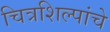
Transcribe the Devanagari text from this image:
चित्रशिल्पांचे